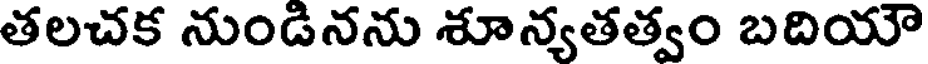
తలచక నుండినను శూన్యతత్వం బదియౌ